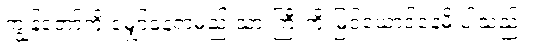
ကျွန်တော့်ကို မျှော်နေရှာမည့် သားကြီးကို မြင်ယောင်နေမိ ပါသည်။